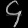
Digit: ၄